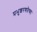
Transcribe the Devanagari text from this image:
प्रभुशरणतेच्या